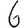
Digit: 6